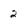
Character: 2